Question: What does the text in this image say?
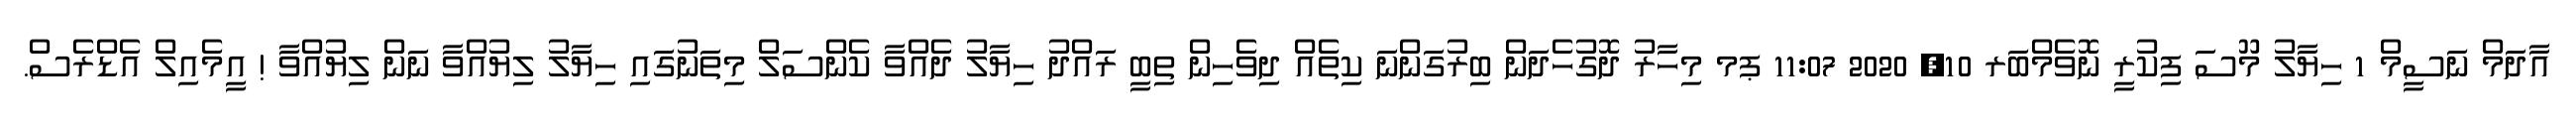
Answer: އާދަމް ނަސީމް 1 ހިޔާލު މޫސަ ފިކުރީ ނޮވެމްބަރ 10, 2020 11:07 ޕމ މިހާރު ދޮގުހެދަން ބިރުގަންނަ ކިތެއް ދިވެހިން ތިބީ ރައްދު ހިޔާލު ދެއްވާ ކެންސަލް މިތަނުގައި ހިޔާލު ލިޔުއްވާ ނަން ލިޔުއްވާ ! އީމެއިލް އެޑްރެސް.